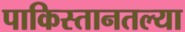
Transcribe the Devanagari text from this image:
पाकिस्तानतल्या